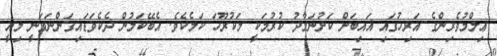
ޢިލްމުވެރިންގެ އަރިހުގައި ޣައިބަށް ކަށުނަމާދު ކުރުމަކީ މަކުރޫހަ ކަމެކެވެ. އެބޭކަލުން ދެކެވަޑައިގަންނަވަނީ މިއީ